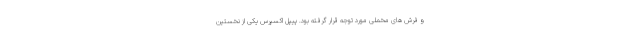
و فرش های مخملی مورد توجه قرار گرفته بود. پیپل اکسپرس یکی از نخستین